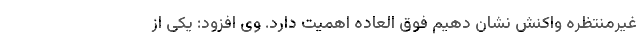
غیرمنتظره واکنش نشان دهیم فوق العاده اهمیت دارد. وی افزود: یکی از